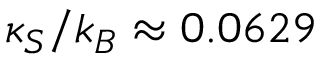
\kappa _ { S } / k _ { B } \approx 0 . 0 6 2 9